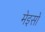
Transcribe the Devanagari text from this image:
मेइसों